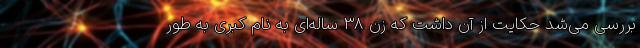
بررسی می‌شد حکایت از آن داشت که زن 38 ساله‌ای به نام کبری به طور